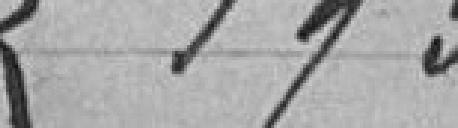
193